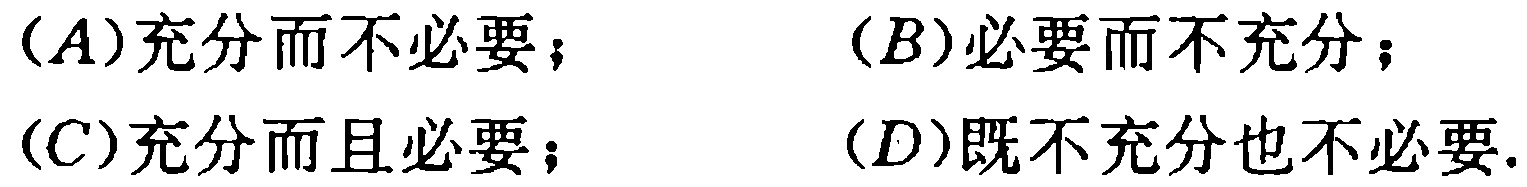
(A)充分而不必要；(B)必要而不充分；(C)充分而且必要；(D)既不充分也不必要.